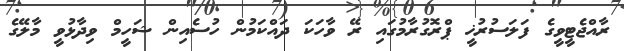
ރާއްޖެޓީވީގެ ފަލަސުރުޚީ ޕްރޮގުރާމުގައި ރޭ ވާހަކަ ދައްކަމުން ހުސެއިން ޝަހީމް ވިދާޅުވީ މާލޭގެ